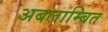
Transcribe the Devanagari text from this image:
अबलाम्बित